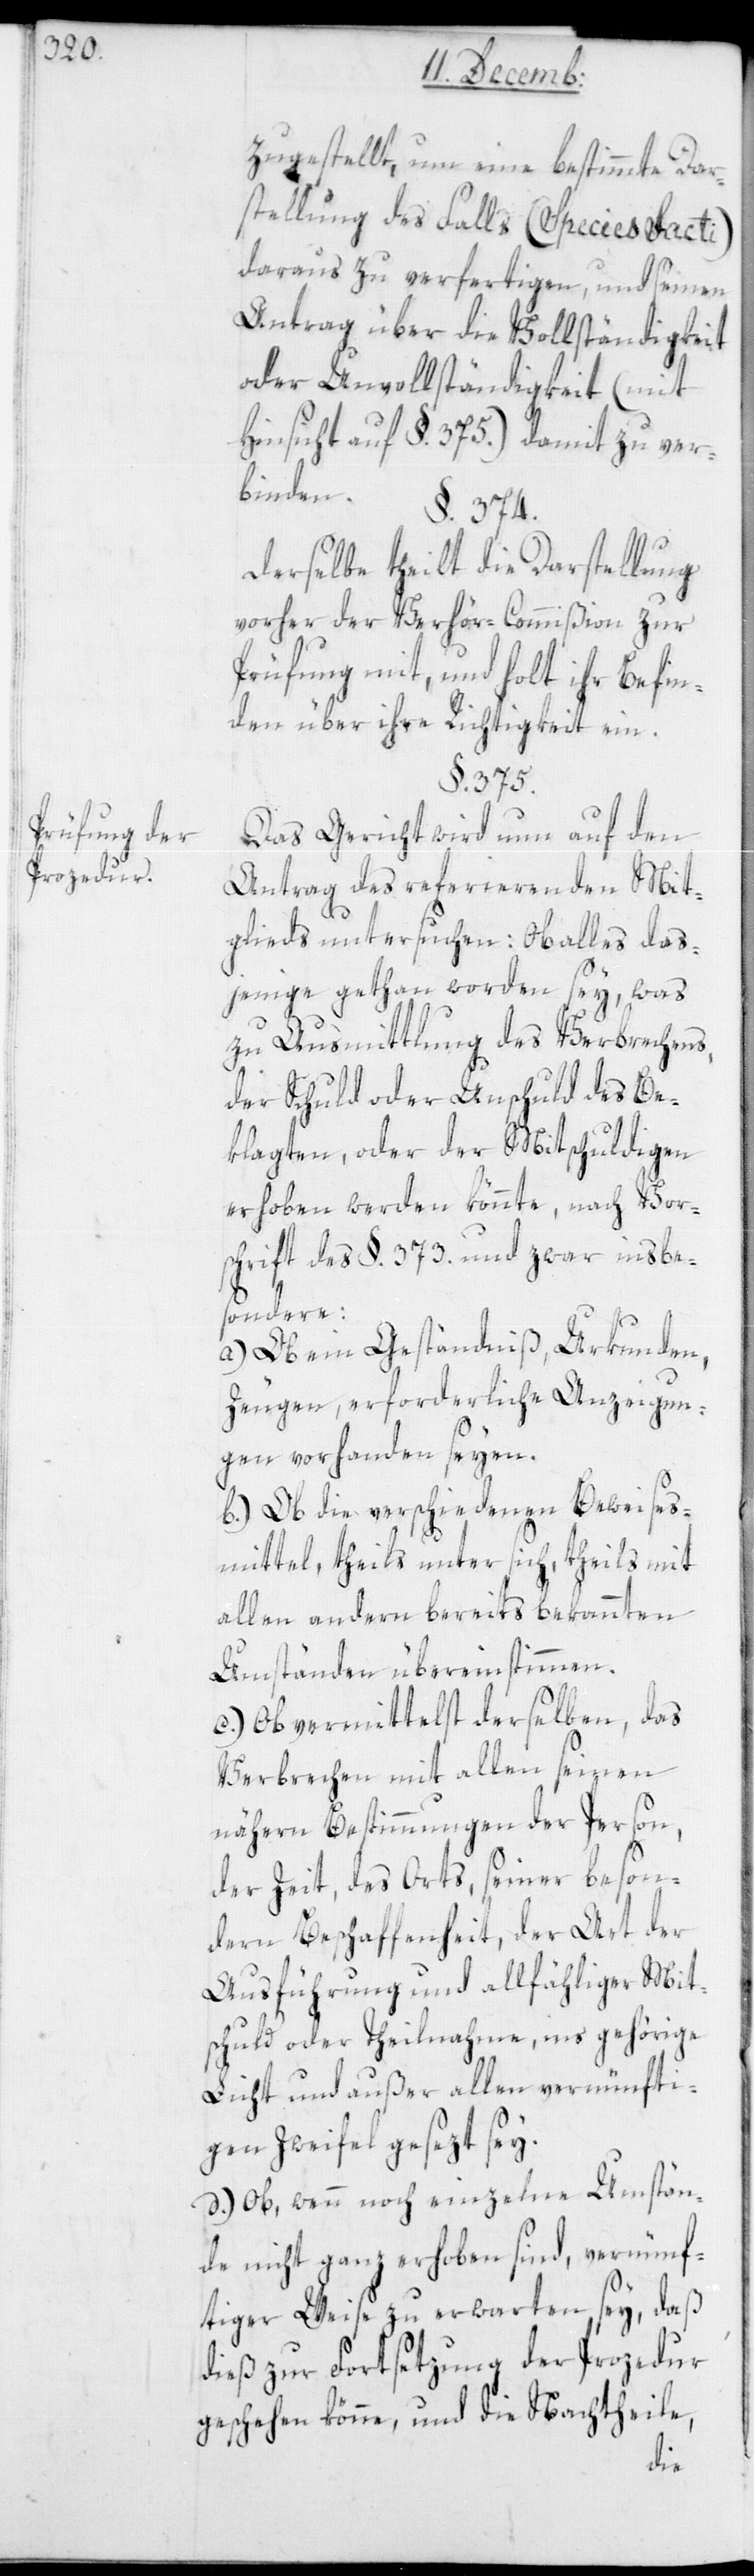
Prüfung der
Prozedur.

zugestellt, um eine bestimmte Dar¬
stellung des Falls (Species facti)
daraus zu verfertigen, und seinen
Antrag über die Vollständigkeit
oder Unvollständigkeit (mit
Hinsicht auf §. 375.) damit zu ver¬
binden.
§. 374.
Derselbe theilt die Darstellung
vorher der Verhör-Commißion zur
Prüfung mit, und holt ihr Befin¬
den über ihre Richtigkeit ein.
§. 375.
Das Gericht wird nun auf den
Antrag des referierenden Mit¬
glieds untersuchen: Ob alles das¬
jenige getan worden sey, was
zu Ausmittlung des Verbrechens,
der Schuld oder Unschuld des Be¬
klagten, oder der Mitschuldigen
erhoben werden könnte, nach Vor¬
schrift des §. 373. und zwar insbe¬
sondere:
a) Ob ein Geständniß, Urkunden,
Zeugen, erforderliche Anzeigun¬
gen vorhanden seyen.
b.) Ob die verschiedenen Beweises¬
mittel, theils unter sich, theils mit
allen andern bereits bekannten
Umständen übereinstimmen.
c.) Ob vermittelst derselben, das
Verbrechen mit allen seinen
nähern Bestimmungen der Person,
der Zeit, des Orts, seiner beson¬
dern Beschaffenheit, der Art der
Ausführung und allfähliger Mit¬
schuld oder Theilnahme, ins gehörige
Licht und außer allen vernünfti¬
gen Zweifel gesezt sey.
d.) Ob, wenn noch einzelne Umstän¬
de nicht ganz erhoben sind, vernünf¬
tiger Weise zu erwarten sey, daß
dieß zur Fortsetzung der Prozedur
geschehen könne, und die Nachtheile,